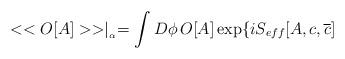
LaTeX: \begin{align*}<<O[A]>>\mid _{_{\alpha }}=\int D\phi \, O[A]\exp \{iS_{eff}[A,c,\overline{c}]\end{align*}